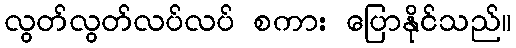
လွတ်လွတ်လပ်လပ် စကား ပြောနိုင်သည်။